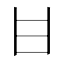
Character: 𤮺